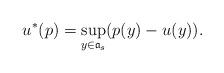
LaTeX: \begin{align*}u^*(p)=\sup_{y\in\mathfrak{a}_s}(p(y)-u(y)).\end{align*}